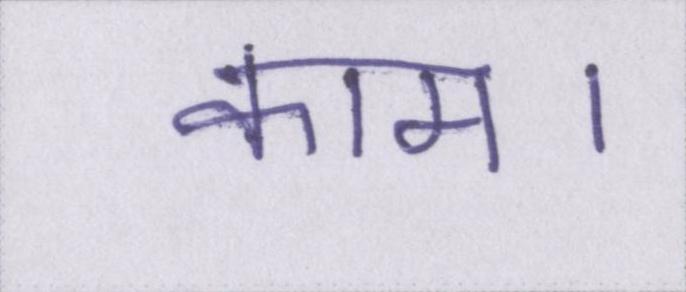
काम।